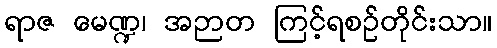
ရာဇ မေဏ္ဍ၊ အဉာတ ကြင့်ရစဉ်တိုင်းသာ။